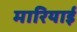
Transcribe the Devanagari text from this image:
मारियाई